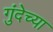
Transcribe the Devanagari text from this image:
गुंदेच्या